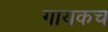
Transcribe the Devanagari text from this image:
गायकच